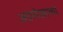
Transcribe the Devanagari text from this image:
अग्रलेखाच्या